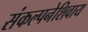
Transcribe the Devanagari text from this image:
संकल्पनेशिवाय